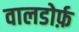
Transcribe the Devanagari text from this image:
वालडोर्फ़